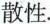
散性。